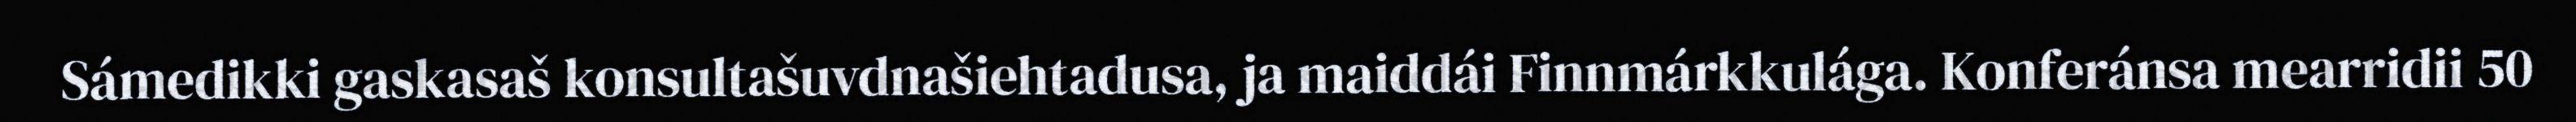
Sámedikki gaskasaš konsultašuvdnašiehtadusa, ja maiddái Finnmárkkulága. Konferánsa mearridii 50